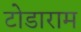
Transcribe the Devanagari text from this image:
टोडाराम